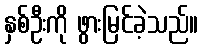
နှစ်ဦးကို ဖွားမြင်ခဲ့သည်။